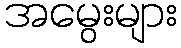
အမွေးများ